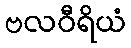
ဗလဝီရိယံ